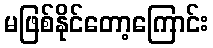
မဖြစ်နိုင်တော့ကြောင်း